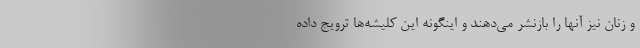
و زنان نیز آنها را بازنشر می‌دهند و اینگونه این کلیشه‌ها ترویج داده